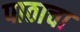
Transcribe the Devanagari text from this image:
पाठाचा